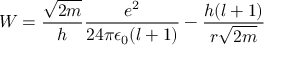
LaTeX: W = { \frac { \sqrt { 2 m } } { h } } { \frac { e ^ { 2 } } { 2 4 \pi \epsilon _ { 0 } ( l + 1 ) } } - { \frac { h ( l + 1 ) } { r { \sqrt { 2 m } } } }